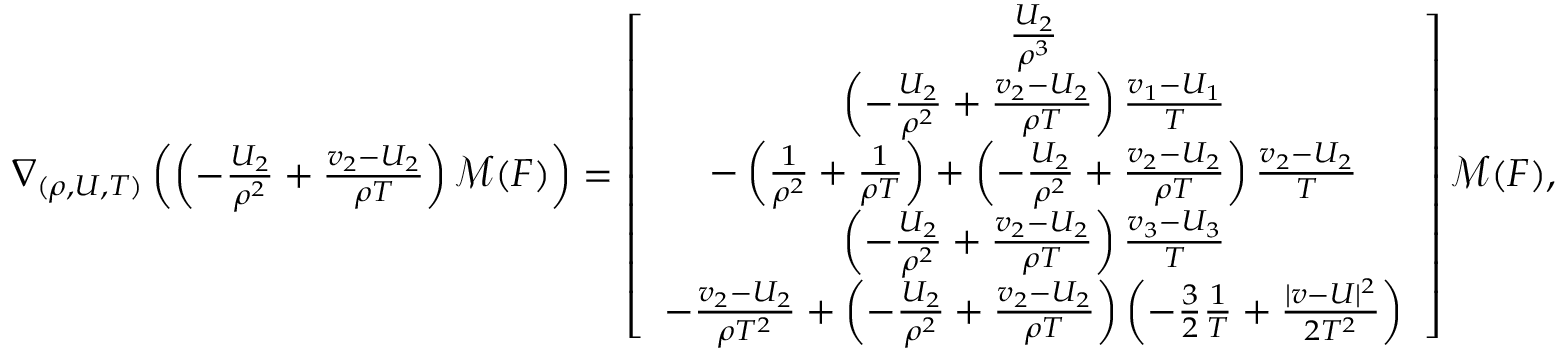
\begin{array} { r } { \nabla _ { ( \rho , U , T ) } \left( \left( - \frac { U _ { 2 } } { \rho ^ { 2 } } + \frac { v _ { 2 } - U _ { 2 } } { \rho T } \right) \mathcal { M } ( F ) \right) = \left[ { \begin{array} { c } { \frac { U _ { 2 } } { \rho ^ { 3 } } } \\ { \left( - \frac { U _ { 2 } } { \rho ^ { 2 } } + \frac { v _ { 2 } - U _ { 2 } } { \rho T } \right) \frac { v _ { 1 } - U _ { 1 } } { T } } \\ { - \left( \frac { 1 } { \rho ^ { 2 } } + \frac { 1 } { \rho T } \right) + \left( - \frac { U _ { 2 } } { \rho ^ { 2 } } + \frac { v _ { 2 } - U _ { 2 } } { \rho T } \right) \frac { v _ { 2 } - U _ { 2 } } { T } } \\ { \left( - \frac { U _ { 2 } } { \rho ^ { 2 } } + \frac { v _ { 2 } - U _ { 2 } } { \rho T } \right) \frac { v _ { 3 } - U _ { 3 } } { T } } \\ { - \frac { v _ { 2 } - U _ { 2 } } { \rho T ^ { 2 } } + \left( - \frac { U _ { 2 } } { \rho ^ { 2 } } + \frac { v _ { 2 } - U _ { 2 } } { \rho T } \right) \left( - \frac { 3 } { 2 } \frac { 1 } { T } + \frac { | v - U | ^ { 2 } } { 2 T ^ { 2 } } \right) } \end{array} } \right] \mathcal { M } ( F ) , } \end{array}